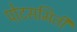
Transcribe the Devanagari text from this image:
पोटसमिती